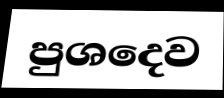
පුශදෙව